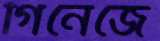
গিনেজে